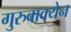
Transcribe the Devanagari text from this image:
गुरुवाक्येन